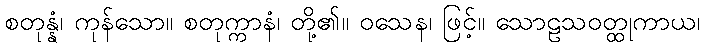
စတုန္နံ၊ ကုန်သော။ စတုက္ကာနံ၊ တို့၏။ ဝသေန၊ ဖြင့်။ သောဠသဝတ္ထုကာယ၊